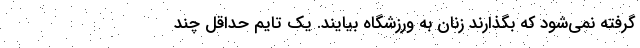
گرفته نمی‌شود که بگذارند زنان به ورزشگاه بیایند. یک تایم حداقل چند